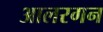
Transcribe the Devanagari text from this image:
आलरगन